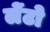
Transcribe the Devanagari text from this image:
लेंटो